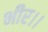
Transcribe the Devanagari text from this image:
भीर।।